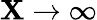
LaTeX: \mathbf{X}\to\infty